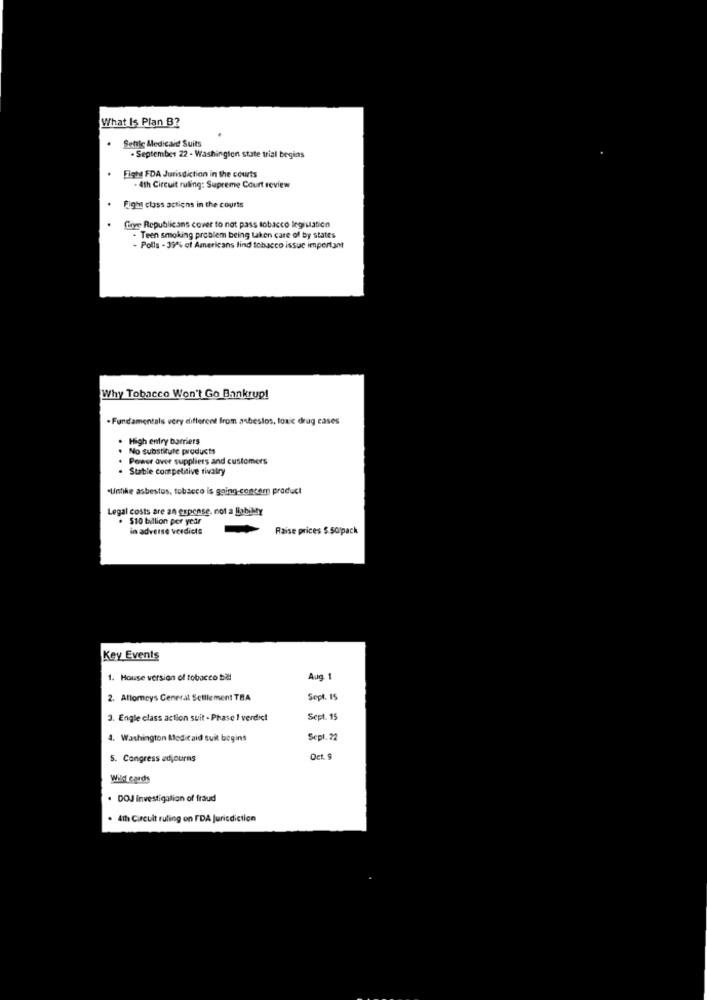
What Is Plan B?
.
Settle Medicaid Suits
. September 22 - Washington state trial begins
.
Fight FDA Jurisdiction in the courts
- 4th Circuit ruling: Supreme Court review
.
Fight class actions in the courts
five Republicans cover to not pass tobacco legislation
- Teen smoking problem being taken care of by states
- Polls - 39% of Americans lind tobacco issue important
Why Tobacco Won't Go Bankrup!
. Fundamentals very different from asbestos, toxic drug cases
High entry barriers
No substitute products
Power over suppliers and customers
. Stable competitive rivalry
"Untike asbestos, tobacco is going concern product
Legal costs are an expense, not a liabiMy
. 510 billion per year
in adverse verdicts
Raise prices $ 50)pack
Key Events
1. House version of tobacco ball
Aug. 1
2. Attorneys General Selllement TBA
Sept. 15
3. Engle class action suit - Phase ! verdict
Sept. 15
4. Washington Medicaid suit begins
Sepl. 22
5. Congress adjourns
Det. $
Wild cards
. DOJ Investigation of fraud
. 4th Carcult ruling on FDA Jurisdiction